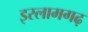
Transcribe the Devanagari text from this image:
इस्लामगढ़